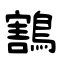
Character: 鶷